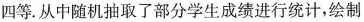
四等.从中随机抽取了部分学生成绩进行统计，绘制